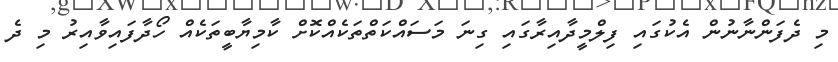
މި ދެފަންނާނުން އެކުގައި ފިލްމީދާއިރާގައި ގިނަ މަސައްކަތްތަކެއްކޮށް ކާމިޔާބީތަކެއް ހޯދާފައިވާއިރު މި ދެ